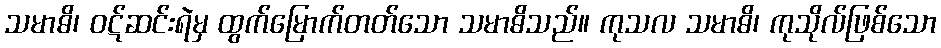
သမာဓိ၊ ဝဋ်ဆင်းရဲမှ ထွက်မြောက်တတ်သော သမာဓိသည်။ ကုသလ သမာဓိ၊ ကုသိုလ်ဖြစ်သော